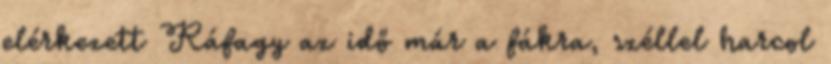
elérkezett Ráfagy az idő már a fákra, széllel harcol